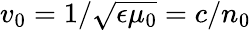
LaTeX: v_{0}=1/\sqrt{\epsilon\mu_{0}}=c/n_{0}